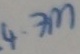
Text: 4.7M